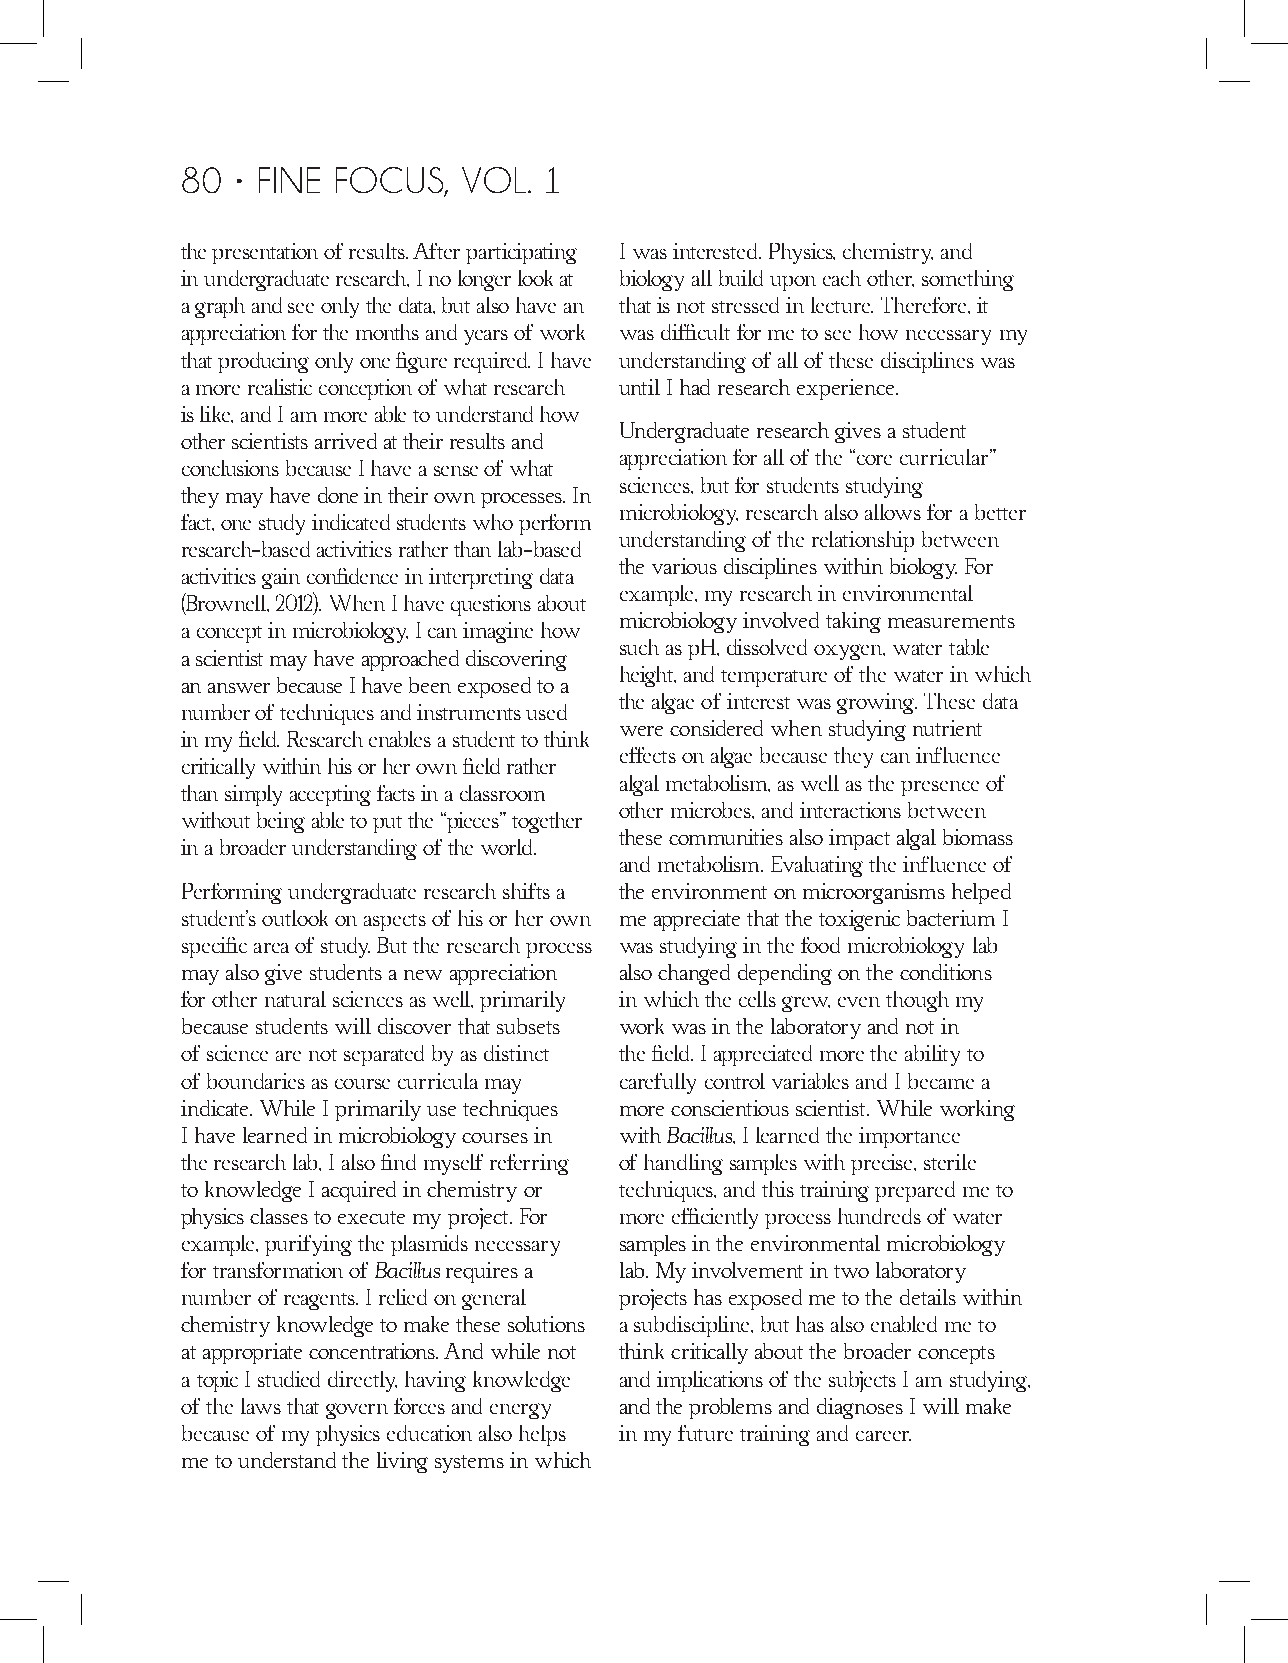
80 • FINE FOCUS,   VOL. 1
 the presentation of results. After participating I was interested. Physics, chemistry, and
 in undergraduate research, I no longer look at biology all build upon each other, something
 a graph and see only the data, but also have an that is not stressed in lecture. Therefore, it
 appreciation for the months and years of work was difficult for me to see how necessary my
 that producing only one figure required. I have understanding of all of these disciplines was
 a more realistic conception of what research until I had research experience.
 is like, and I am more able to understand how
 Undergraduate research gives a student
 other scientists arrived at their results and
 appreciation for all of the “core curricular”
 conclusions because I have a sense of what
 sciences, but for students studying
 they may have done in their own processes. In
 microbiology, research also allows for a better
 fact, one study indicated students who perform
 understanding of the relationship between
 research-based activities rather than lab-based
 the various disciplines within biology. For
 activities gain confidence in interpreting data
 example, my research in environmental
 (Brownell, 2012). When I have questions about
 microbiology involved taking measurements
 a concept in microbiology, I can imagine how
 such as pH, dissolved oxygen, water table
 a scientist may have approached discovering
 height, and temperature of the water in which
 an answer because I have been exposed to a
 the algae of interest was growing. These data
 number of techniques and instruments used
 were considered when studying nutrient
 in my field. Research enables a student to think
 effects on algae because they can influence
 critically within his or her own field rather
 algal metabolism, as well as the presence of
 than simply accepting facts in a classroom
 other microbes, and interactions between
 without being able to put the “pieces” together
 these communities also impact algal biomass
 in a broader understanding of the world.
 and metabolism. Evaluating the influence of
 Performing undergraduate research shifts a the environment on microorganisms helped
 student’s outlook on aspects of his or her own me appreciate that the toxigenic bacterium I
 specific area of study. But the research process was studying in the food microbiology lab
 may also give students a new appreciation also changed depending on the conditions
 for other natural sciences as well, primarily in which the cells grew, even though my
 because students will discover that subsets work was in the laboratory and not in
 of science are not separated by as distinct the field. I appreciated more the ability to
 of boundaries as course curricula may carefully control variables and I became a
 indicate. While I primarily use techniques more conscientious scientist. While working
 I have learned in microbiology courses in with Bacillus, I learned the importance
 the research lab, I also find myself referring of handling samples with precise, sterile
 to knowledge I acquired in chemistry or techniques, and this training prepared me to
 physics classes to execute my project. For more efficiently process hundreds of water
 example, purifying the plasmids necessary samples in the environmental microbiology
 for transformation of Bacillus requires a lab. My involvement in two laboratory
 number of reagents. I relied on general projects has exposed me to the details within
 chemistry knowledge to make these solutions a subdiscipline, but has also enabled me to
 at appropriate concentrations. And while not think critically about the broader concepts
 a topic I studied directly, having knowledge and implications of the subjects I am studying,
 of the laws that govern forces and energy and the problems and diagnoses I will make
 because of my physics education also helps in my future training and career.
 me to understand the living systems in which